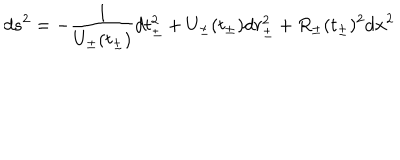
d s ^ { 2 } = - \frac { 1 } { U _ { \pm } ( t _ { \pm } ) } d t _ { \pm } ^ { 2 } + U _ { \pm } ( t _ { \pm } ) d r _ { \pm } ^ { 2 } + R _ { \pm } ( t _ { \pm } ) ^ { 2 } d { \bf x } ^ { 2 }